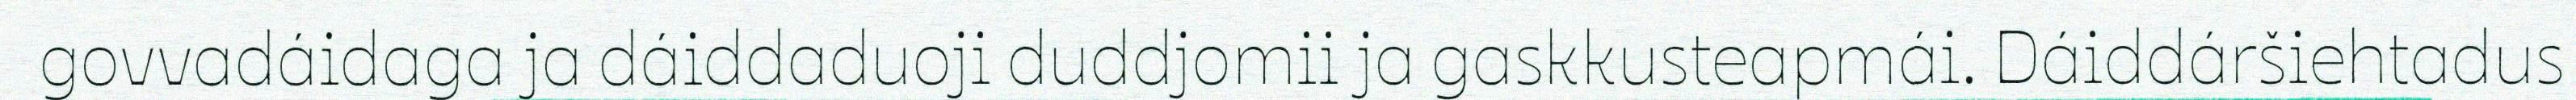
govvadáidaga ja dáiddaduoji duddjomii ja gaskkusteapmái. Dáiddáršiehtadus